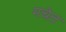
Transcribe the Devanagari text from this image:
मचेत